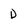
Character: D